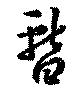
暫